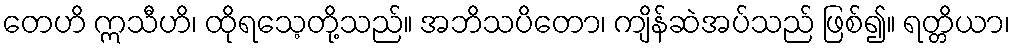
တေဟိ ဣသီဟိ၊ ထိုရသေ့တို့သည်။ အဘိသပိတော၊ ကျိန်ဆဲအပ်သည် ဖြစ်၍။ ရတ္တိယာ၊